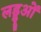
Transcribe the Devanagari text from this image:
लड्डूओं